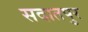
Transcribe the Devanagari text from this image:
सदातपुर